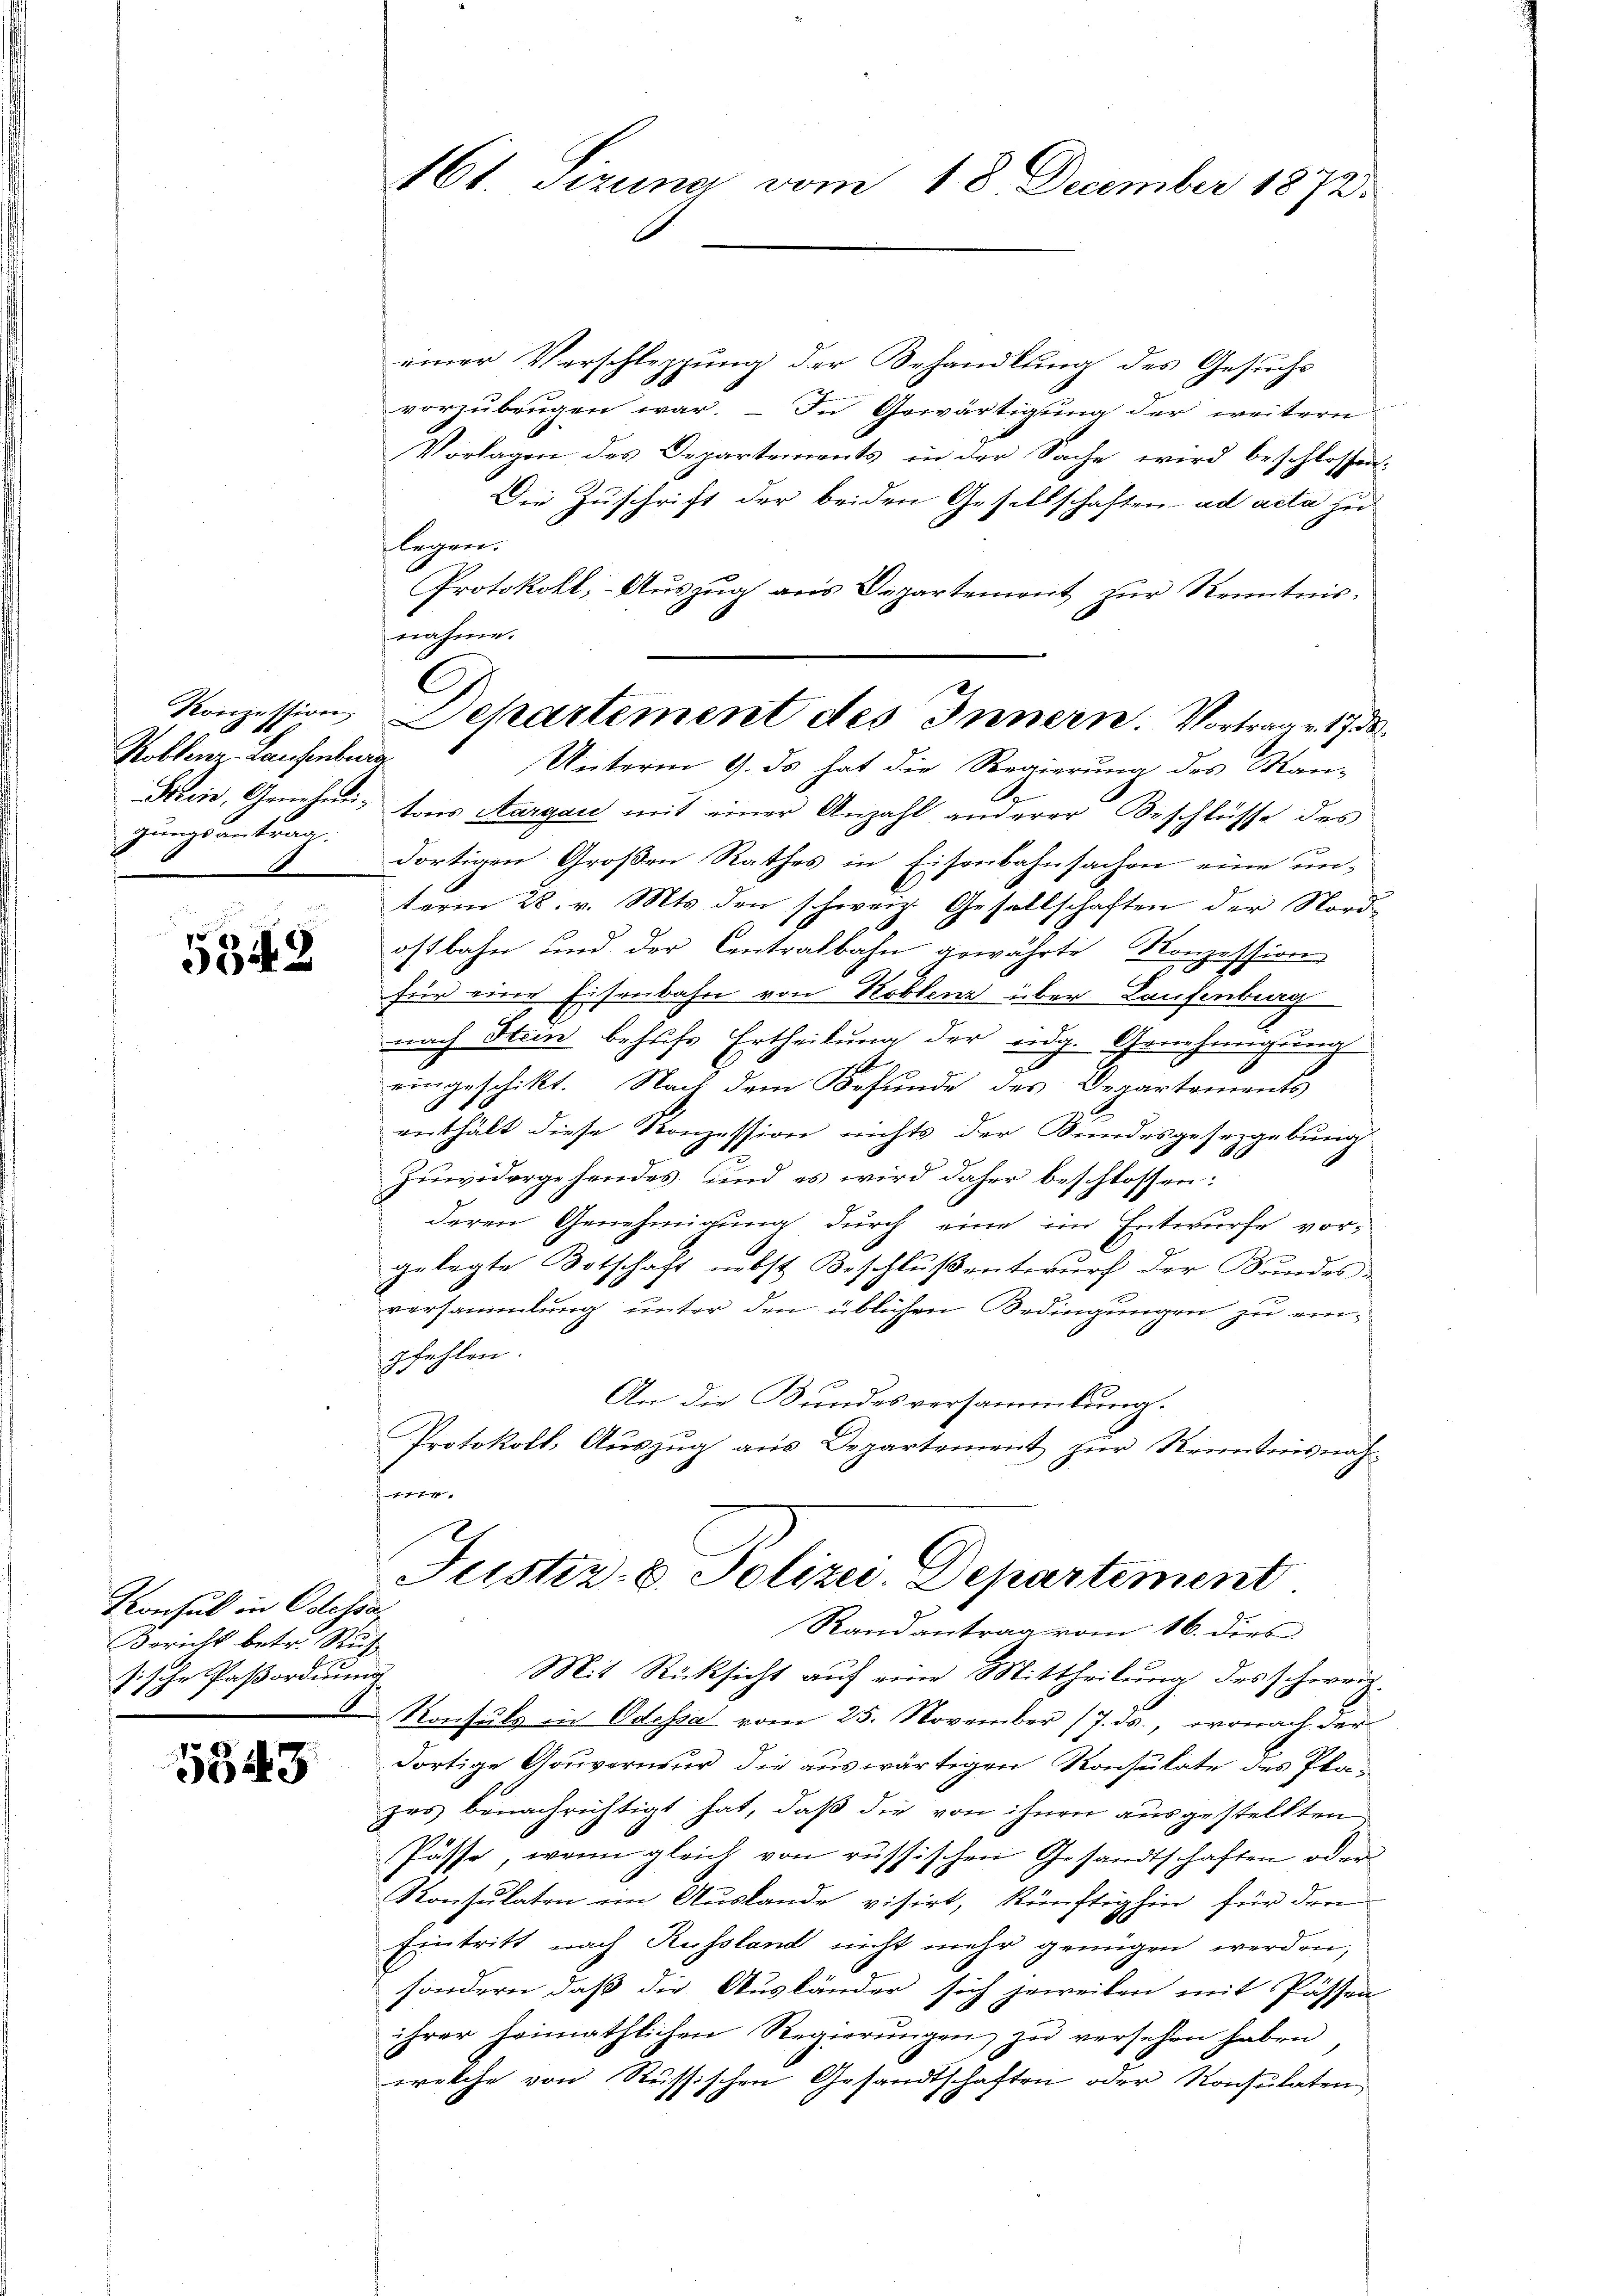
Koblenz, Laufenburg
gungsantrag.

534. 2

Konsul in Odessa,
Bericht betr. Ruf
sische Paßordnung

5343

einer Verschleppung der Behandlung des Gesuchs
vorzubeugen war. – In Gewärtigung der weitern
Vorlagen des Departements in der Sache wird beschlossen:
Die Zuschrift der beiden Gesellschaften ad acta zu
legen.
Protokoll, Aŭszŭg ans Departement zŭr Kenntnis-
nahme.
Den, Genehmi tons Aargau mit einer Anzahl anderer Beschlüsse des
dortigen Großen Rathes in Eisenbahnsachen eine unterm 28. v. Mts. den schweiz. Gesellschaften der Nordostbahn und der Centralbahn gewährte Konzession
2
für eine Eisenbahn von Koblenz über Laufenburg
nach Hain behufs Ertheilung der eidg. Genehmigung
eingeschikt. Nach dem Befunde des Departements
enthält diese Konzession nichts der Bundesgesezgebung
Zuwidergehendes und es wird daher beschlossen:
deren Genehmigung durch eine im Entwurfe vor-
gelegte Botschaft nebst Beschluß entwurf der Bundes-
versammlung unter den üblichen Ordingungen zu einpfehlen.
An die Bundesversammlung.
Protokoll, Aŭszŭg aŭs Departement zŭr Kenntnisnah-
er
Justiz- u. Polizei Departement
Randantrag vom 16. dies
Mit Rücksicht auf eine Mittheilung des schwei
Konsuls in Odessa vom 25. November 17. ds., wonach der
dortige Gouverneur die auswärtigen Konsulate des Plazes benachrichtigt hat, daß die von ihnen ausgestellten
Pässe, wenn gleich von russischen Gesandtschaften oder
Konsulaten ein Auslande visirt, künftighin für den
Eintritt nach Russland nicht mehr genügen werden,
sondern, daß die Ausländer sich jeweiten mit Pässen
ihrer heimathlichen Regierŭngen zŭ versehen haben,
welche von Russischen Gesandtschaften oder Konsulaten,

161. Sizung vom 18. December 1872.

Konzession Dekartement des Innern. Vortrag v. 178
Unterm 9. ds hat die Regierung des Man-